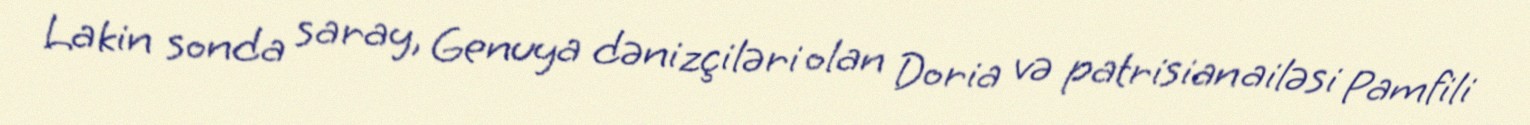
Lakin sonda saray, Genuya dənizçiləri olan Doria və patrisian ailəsi Pamfili